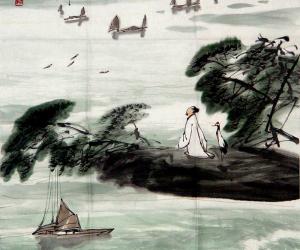
故人在其下，尘土相豗蹴。